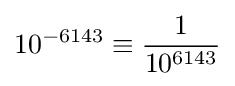
10^{-6143}\equiv {\frac {1}{10^{6143}}}